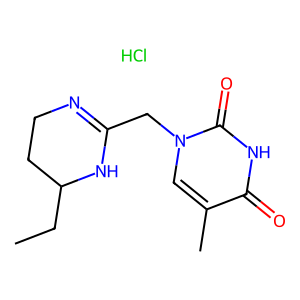
SMILES: CCC1CCN=C(Cn2cc(C)c(=O)[nH]c2=O)N1.Cl
Inhibits HIV replication: No